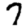
Digit: 7